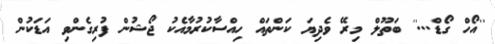
''އޯހް ގޯޑް...'' ބަތޫލް މިރޭ ވެދިޔަ ކަންތައް ހިއްސާކުރުމާއެކު ޖޯޝުން ފުރިގެންވި އަޑަކުން